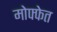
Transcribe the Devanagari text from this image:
मोफ्फेत